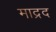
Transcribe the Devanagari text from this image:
माद्रद